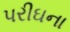
પરીઘના